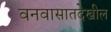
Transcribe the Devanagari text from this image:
वनवासातदेखील